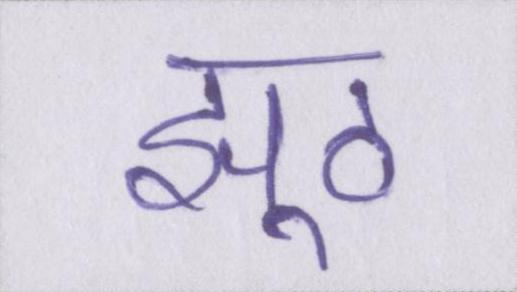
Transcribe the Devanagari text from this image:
झूठ